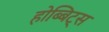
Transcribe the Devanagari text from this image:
होब्बिट्स